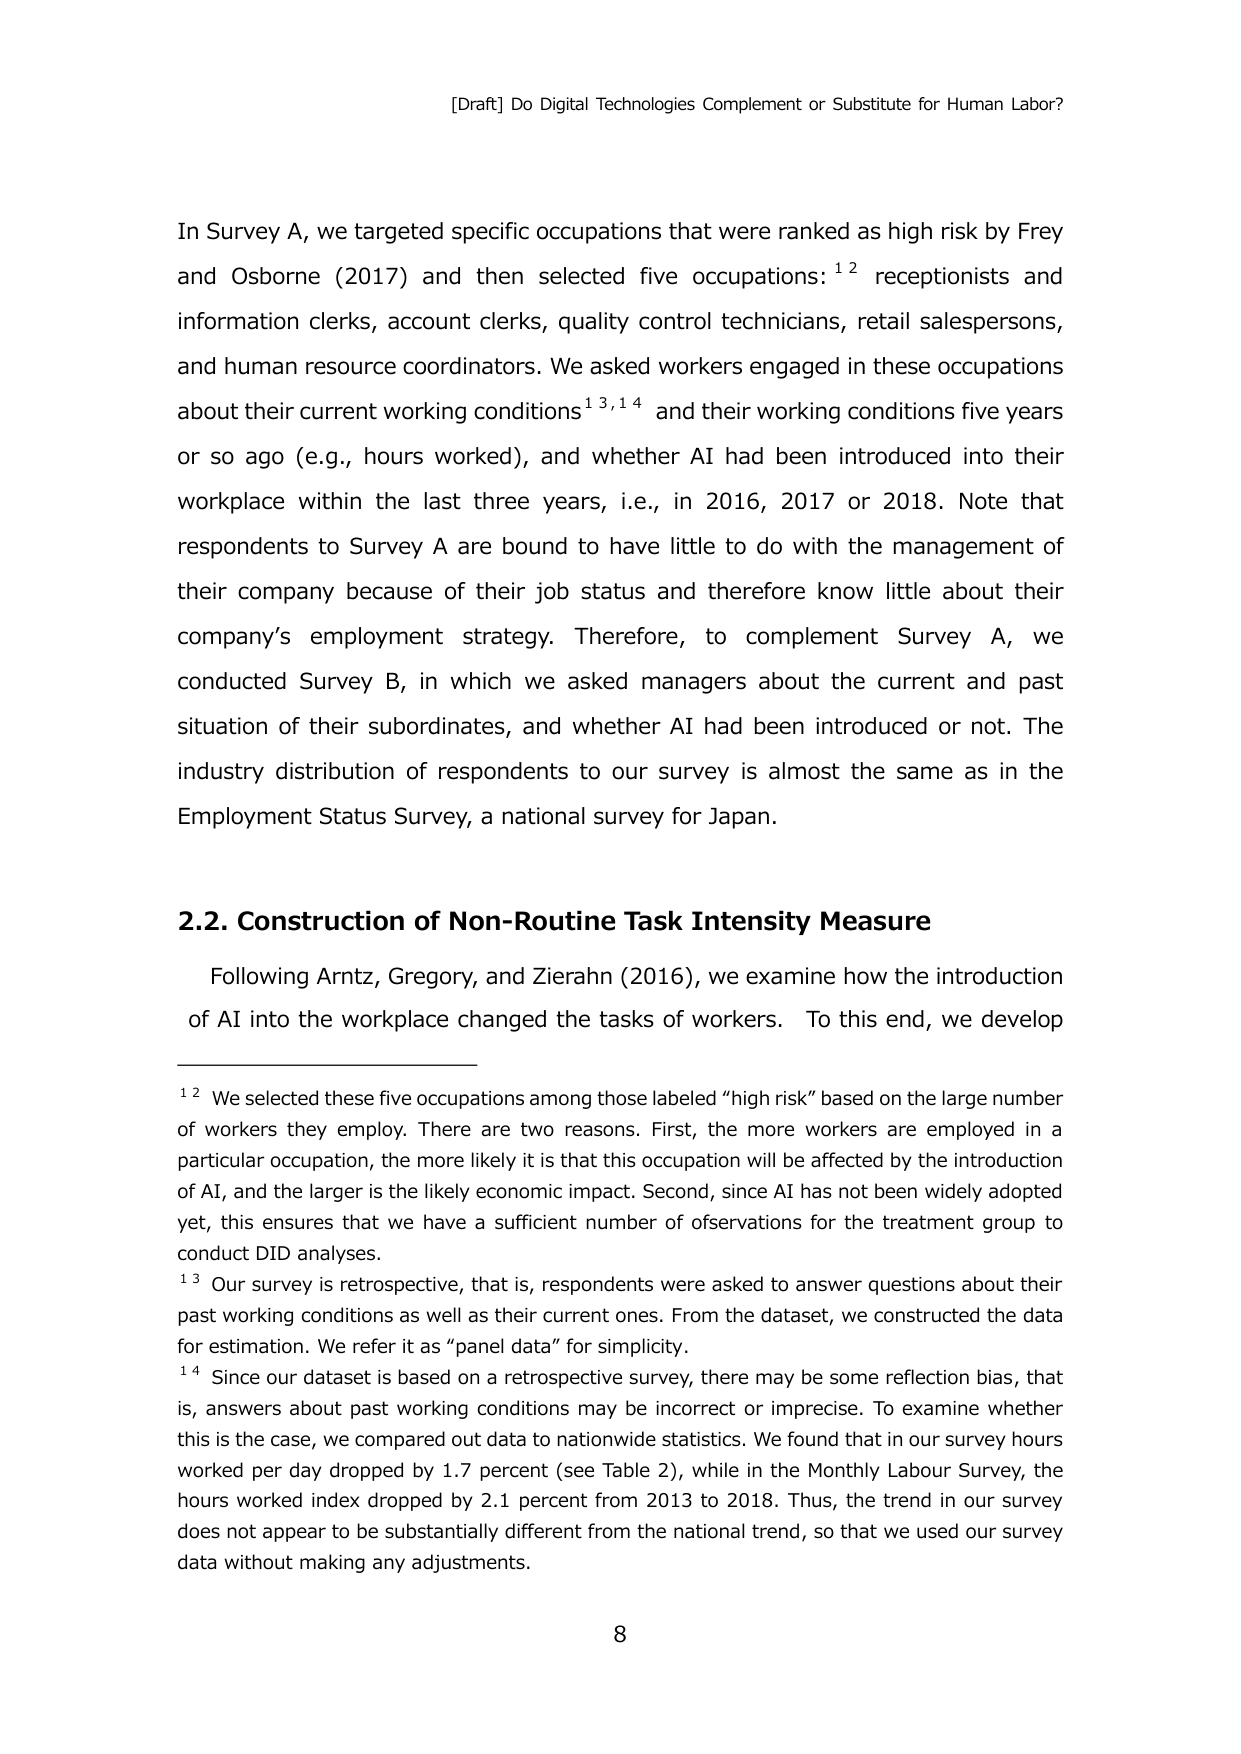
[Draft] Do Digital Technologies Complement or Substitute for Human Labor?

In Survey A, we targeted specific occupations that were ranked as high risk by Frey and Osborne (2017) and then selected five occupations:¹² receptionists and information clerks, account clerks, quality control technicians, retail salespersons, and human resource coordinators. We asked workers engaged in these occupations about their current working conditions¹³,¹⁴ and their working conditions five years or so ago (e.g., hours worked), and whether AI had been introduced into their workplace within the last three years, i.e., in 2016, 2017 or 2018. Note that respondents to Survey A are bound to have little to do with the management of their company because of their job status and therefore know little about their company’s employment strategy. Therefore, to complement Survey A, we conducted Survey B, in which we asked managers about the current and past situation of their subordinates, and whether AI had been introduced or not. The industry distribution of respondents to our survey is almost the same as in the Employment Status Survey, a national survey for Japan.

2.2. Construction of Non-Routine Task Intensity Measure

Following Arntz, Gregory, and Zierahn (2016), we examine how the introduction of AI into the workplace changed the tasks of workers. To this end, we develop

¹² We selected these five occupations among those labeled “high risk” based on the large number of workers they employ. There are two reasons. First, the more workers are employed in a particular occupation, the more likely it is that this occupation will be affected by the introduction of AI, and the larger is the likely economic impact. Second, since AI has not been widely adopted yet, this ensures that we have a sufficient number of observations for the treatment group to conduct DID analyses.

¹³ Our survey is retrospective, that is, respondents were asked to answer questions about their past working conditions as well as their current ones. From the dataset, we constructed the data for estimation. We refer it as “panel data” for simplicity.

¹⁴ Since our dataset is based on a retrospective survey, there may be some reflection bias, that is, answers about past working conditions may be incorrect or imprecise. To examine whether this is the case, we compared out data to nationwide statistics. We found that in our survey hours worked per day dropped by 1.7 percent (see Table 2), while in the Monthly Labour Survey, the hours worked index dropped by 2.1 percent from 2013 to 2018. Thus, the trend in our survey does not appear to be substantially different from the national trend, so that we used our survey data without making any adjustments.

8